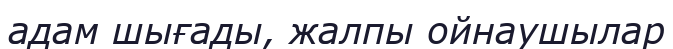
адам шығады, жалпы ойнаушылар